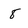
Character: 8